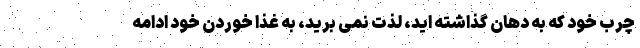
چرب خود که به دهان گذاشته اید، لذت نمی برید، به غذا خوردن خود ادامه